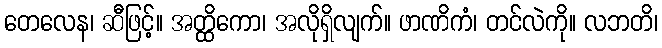
တေလေန၊ ဆီဖြင့်။ အတ္ထိကော၊ အလိုရှိလျက်။ ဖာဏိကံ၊ တင်လဲကို။ လဘတိ၊